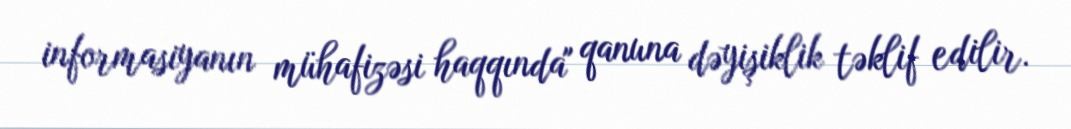
informasiyanın mühafizəsi haqqında" qanuna dəyişiklik təklif edilir.